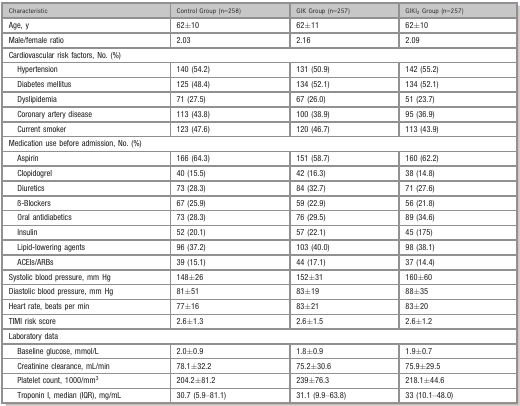
<table><thead><tr><td><b>Characteristic </b></td><td><b>Control Group (n=258)</b></td><td><b>GIK Group (n=257)</b></td><td><b>GIKI<sub>2</sub> Group (n=257)</b></td></tr></thead><tbody><tr><td>Age, y</td><td>62±10</td><td>62±11</td><td>62±10</td></tr><tr><td>Male/female ratio</td><td>2.03</td><td>2.16</td><td>2.09</td></tr><tr><td colspan="4">Cardiovascular risk factors, No. (%)</td></tr><tr><td>Hypertension</td><td>140 (54.2)</td><td>131 (50.9)</td><td>142 (55.2)</td></tr><tr><td>Diabetes mellitus</td><td>125 (48.4)</td><td>134 (52.1)</td><td>134 (52.1)</td></tr><tr><td>Dyslipidemia</td><td>71 (27.5)</td><td>67 (26.0)</td><td>51 (23.7)</td></tr><tr><td>Coronary artery disease</td><td>113 (43.8)</td><td>100 (38.9)</td><td>95 (36.9)</td></tr><tr><td>Current smoker</td><td>123 (47.6)</td><td>120 (46.7)</td><td>113 (43.9)</td></tr><tr><td colspan="4">Medication use before admission, No. (%)</td></tr><tr><td>Aspirin</td><td>166 (64.3)</td><td>151 (58.7)</td><td>160 (62.2)</td></tr><tr><td>Clopidogrel</td><td>40 (15.5) </td><td>42 (16.3)</td><td>38 (14.8)</td></tr><tr><td>Diuretics</td><td>73 (28.3)</td><td>84 (32.7)</td><td>71 (27.6)</td></tr><tr><td>ß‐Blockers</td><td>67 (25.9)</td><td>59 (22.9)</td><td>56 (21.8)</td></tr><tr><td>Oral antidiabetics</td><td>73 (28.3)</td><td>76 (29.5)</td><td>89 (34.6)</td></tr><tr><td>Insulin</td><td>52 (20.1)</td><td>57 (22.1)</td><td>45 (175)</td></tr><tr><td>Lipid‐lowering agents</td><td>96 (37.2)</td><td>103 (40.0)</td><td>98 (38.1)</td></tr><tr><td>ACEIs/ARBs</td><td>39 (15.1)</td><td>44 (17.1)</td><td>37 (14.4)</td></tr><tr><td>Systolic blood pressure, mm Hg</td><td>148±26</td><td>152±31</td><td>160±60</td></tr><tr><td>Diastolic blood pressure, mm Hg</td><td>81±51</td><td>83±19</td><td>88±35</td></tr><tr><td>Heart rate, beats per min</td><td>77±16</td><td>83±21</td><td>83±20</td></tr><tr><td>TIMI risk score</td><td>2.6±1.3</td><td>2.6±1.5</td><td>2.6±1.2</td></tr><tr><td colspan="4">Laboratory data</td></tr><tr><td>Baseline glucose, mmol/L</td><td>2.0±0.9</td><td>1.8±0.9</td><td>1.9±0.7</td></tr><tr><td>Creatinine clearance, mL/min</td><td>78.1±32.2</td><td>75.2±30.6</td><td>75.9±29.5</td></tr><tr><td>Platelet count, 1000/mm<sup>3</sup></td><td>204.2±81.2</td><td>239±76.3</td><td>218.1±44.6</td></tr><tr><td>Troponin I, median (IQR), mg/mL</td><td>30.7 (5.9–81.1)</td><td>31.1 (9.9–63.8)</td><td>33 (10.1–48.0)</td></tr></tbody></table>